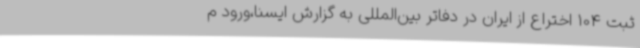
ثبت 104 اختراع از ایران در دفاتر بین‌المللی به گزارش ایسنا،ورود م